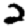
Digit: 2